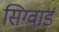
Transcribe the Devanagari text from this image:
सिग्वार्ड